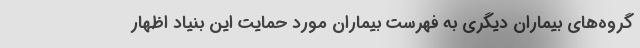
گروه‌های بیماران دیگری به فهرست بیماران مورد حمایت این بنیاد اظهار